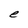
Character: e